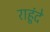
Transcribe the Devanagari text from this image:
राहूंदे